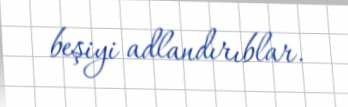
beşiyi adlandırıblar.